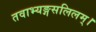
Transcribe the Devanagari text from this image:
तवाभ्यङ्गसलिलम्।